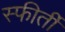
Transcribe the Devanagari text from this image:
स्फीर्ती